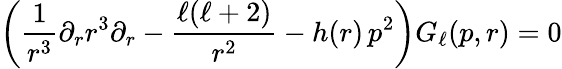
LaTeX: \left(\frac{1}{r^{3}}\partial_{r}r^{3}\partial_{r}-\frac{\ell(\ell+2)}{r^{2}}-h(r)\, p^{2}\right)G_{\ell}(p,r)=0